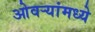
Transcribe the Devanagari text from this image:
ओवर्‍यांमध्ये